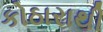
કોઠારાથી